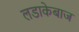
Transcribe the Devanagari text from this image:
लडाकेबाज